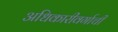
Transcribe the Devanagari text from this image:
अधिकारीवर्गाची